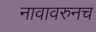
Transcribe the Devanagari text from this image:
नावावरुनच